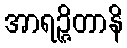
အာရဉ္ဇိတာနိ